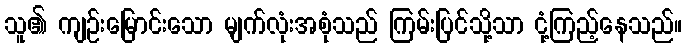
သူ၏ ကျဉ်းမြောင်းသော မျက်လုံးအစုံသည် ကြမ်းပြင်သို့သာ ငုံ့ကြည့်နေသည်။